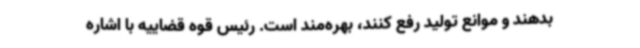
بدهند و موانع تولید رفع کنند، بهره‌مند است. رئیس قوه قضاییه با اشاره